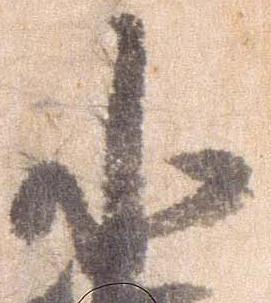
小